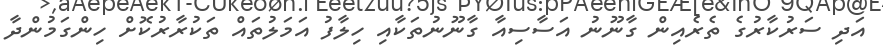
އަދި ސަރުކާރުގެ ތެރެއިން ގާނޫނު އަސާސިއާ ގާނޫނުތަކާއި ހިލާފު އަަމަލުތައް ތަކުރާރުކޮށް ހިންގަމުންދާ